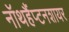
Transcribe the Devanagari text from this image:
नॉथहैंप्टनशायर